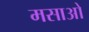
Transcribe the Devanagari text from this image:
मसाओ